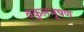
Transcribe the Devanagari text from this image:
वकुलभूषण